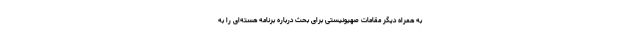
به همراه دیگر مقامات صهیونیستی برای بحث درباره برنامه هسته‌ای را به